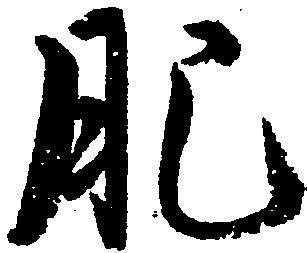
肥